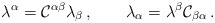
\begin{align*}\lambda ^\alpha ={\cal C}^{\alpha \beta }\lambda _\beta \,,\qquad \lambda _\alpha = \lambda ^\beta {\cal C}_{\beta \alpha }\,.\end{align*}